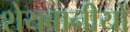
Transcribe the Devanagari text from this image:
शेयबानीयों